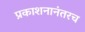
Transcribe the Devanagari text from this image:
प्रकाशनानंतरच